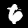
Label: 6